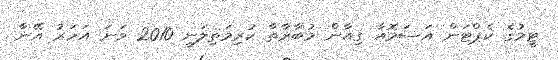
ޓީމުގެ ކެޕްޓަން އަސަމޮއާ ގިއާން މުބާރާތާ ކުރިމަތިލަނީ 2010 ވަނަ އަހަރު އޭނާ